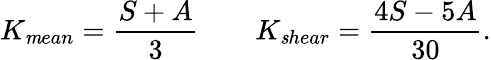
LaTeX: K_{\mathit mean}=\frac{S+A}3\qquad K_{\mathit shear}=\frac{4S-5A}{30}.